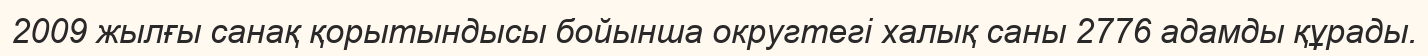
2009 жылғы санақ қорытындысы бойынша округтегі халық саны 2776 адамды құрады.